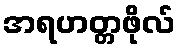
အရဟတ္တဖိုလ်